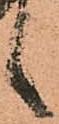
言